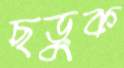
ছড়ুক